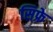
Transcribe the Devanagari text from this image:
सिफ्रे